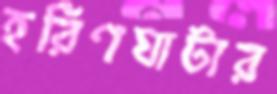
হরিণঘাটার